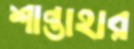
শান্তাহার